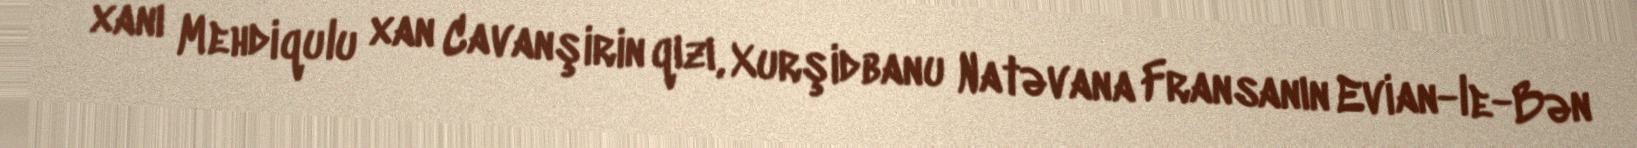
xanı Mehdiqulu xan Cavanşirin qızı, Xurşidbanu Natəvana Fransanın Evian-le-Bən